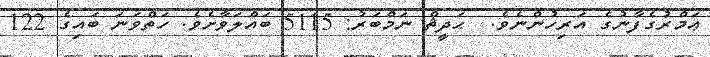
ޢަމްރުގެފާނުގެ އަރިހުންނެވެ.  ޙަދީޘް ނަމްބަރު: 5115 ބައްލަވާށެވެ. ހަތްވަނަ ބައިގެ 122